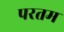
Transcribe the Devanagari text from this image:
परतम